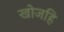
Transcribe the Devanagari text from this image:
खोजहि